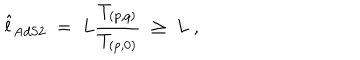
LaTeX: { \hat { l } } _ { \mathrm { A d S 2 } } \; = \; L { \frac { T _ { ( p , q ) } } { T _ { ( p , 0 ) } } } \; \ge \; L \ ,